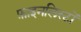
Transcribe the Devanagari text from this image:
फ़ाइनलिस्टों